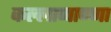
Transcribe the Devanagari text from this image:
कल्लाप्पाण्णा